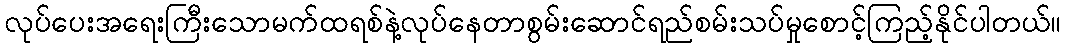
လုပ်ပေးအရေးကြီးသောမက်ထရစ်နဲ့လုပ်နေတာစွမ်းဆောင်ရည်စမ်းသပ်မှုစောင့်ကြည့်နိုင်ပါတယ်။